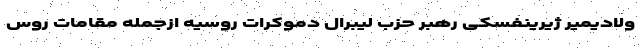
ولادیمیر ژیرینفسکی رهبر حزب لیبرال دموکرات روسیه ازجمله مقامات روس